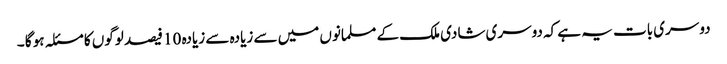
دوسری بات یہ ہے کہ دوسری شادی ملک کے مسلمانوں میں سے زیادہ سے زیادہ 10 فیصد لوگوں کا مسئلہ ہو گا ۔